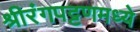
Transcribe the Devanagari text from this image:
श्रीरंगपट्टणमध्ये